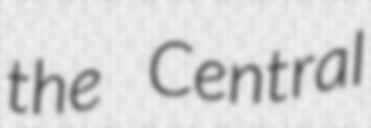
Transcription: the Central